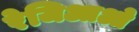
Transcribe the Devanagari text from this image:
रेजिआओ